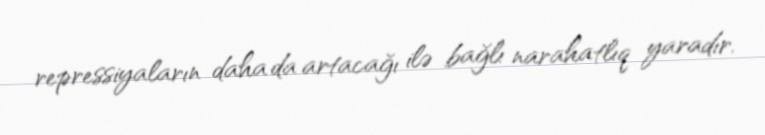
repressiyaların daha da artacağı ilə bağlı narahatlıq yaradır.